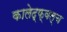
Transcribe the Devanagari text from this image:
कालेद्फ्वल्च